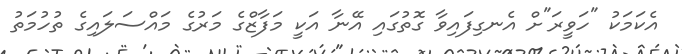
އެކަމަކު "ހަވީރަ"ށް އެނގިފައިވާ ގޮތުގައި އޭނާ އަކީ މަފާޒްގެ މަރުގެ މައްސަލައިގެ ތުހުމަތު